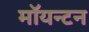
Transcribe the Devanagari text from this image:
मॉयन्टन